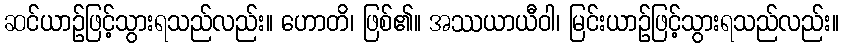
ဆင်ယာဉ်ဖြင့်သွားရသည်လည်း။ ဟောတိ၊ ဖြစ်၏။ အဿယာယီဝါ၊ မြင်းယာဉ်ဖြင့်သွားရသည်လည်း။